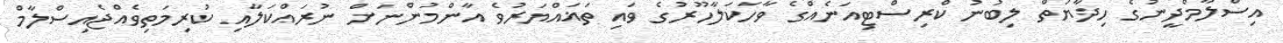
އިސްލާމްދީނުގެ ހިދާޔަތް ލިބުނު ކްރިސްޓިއަނެއްގެ ވާހަކަލާހޫރުގެ ވައި ތަޣައްޔަރުވެ އާންމުންނަށް ނުރައްކަލާއި ކުރިމަތިވެއްޖެއިސްލާމް